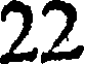
22